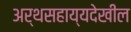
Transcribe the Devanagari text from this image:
अर्थसहाय्यदेखील